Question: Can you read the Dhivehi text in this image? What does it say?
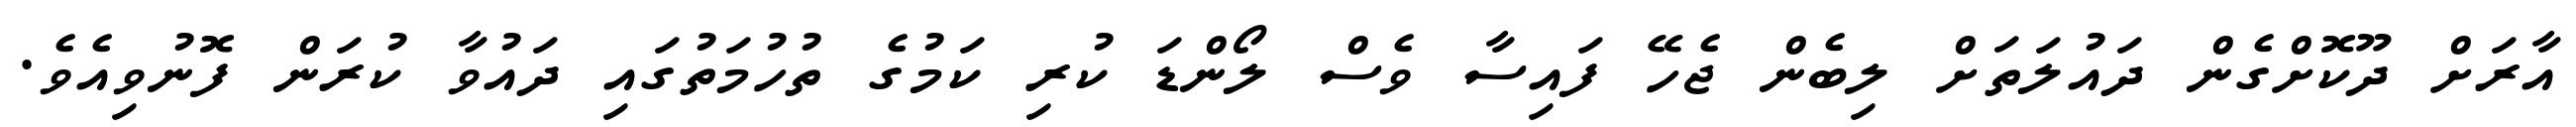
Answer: އާރަށް ދޫކޮށްގެން ދައުލަތަށް ލިބެން ޖެހޭ ފައިސާ ވެސް ލޯންޑަ ކުރި ކަމުގެ ތުހުމަތުގައި ދައުވާ ކުރަން ފޮނުވިއެވެ.